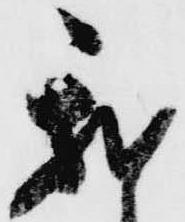
我